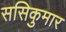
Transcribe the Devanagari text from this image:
ससिकुमार